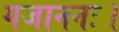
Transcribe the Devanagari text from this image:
गजाननः।